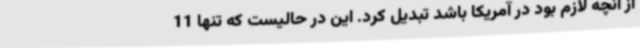
از آنچه لازم بود در آمریکا باشد تبدیل کرد. این در حالیست که تنها 11